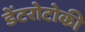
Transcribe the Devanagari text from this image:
डेंटरोटोकी